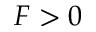
F > 0